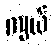
ကျယ်